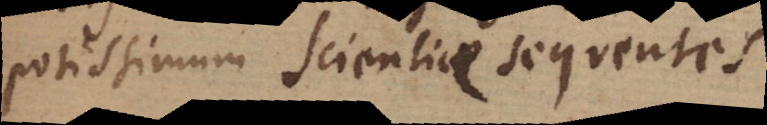
potissimum Scientiae sequentes